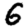
Digit: 6